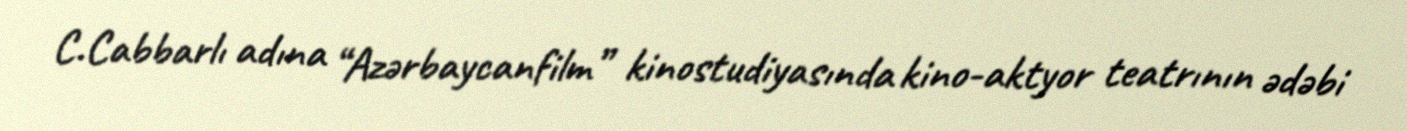
C.Cabbarlı adına “Azərbaycanfilm” kinostudiyasında kino-aktyor teatrının ədəbi